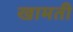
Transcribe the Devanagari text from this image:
खामती